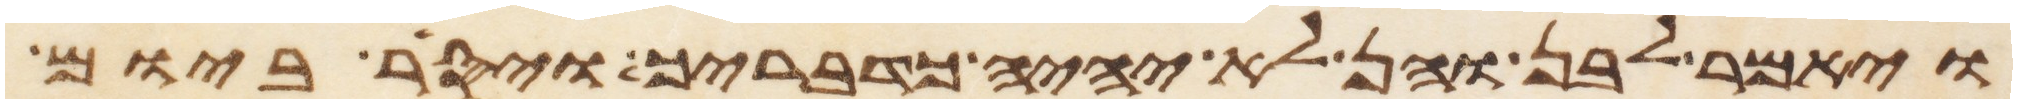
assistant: ויאמר לבן והן לא יהיה כדבריך ויסר ביום